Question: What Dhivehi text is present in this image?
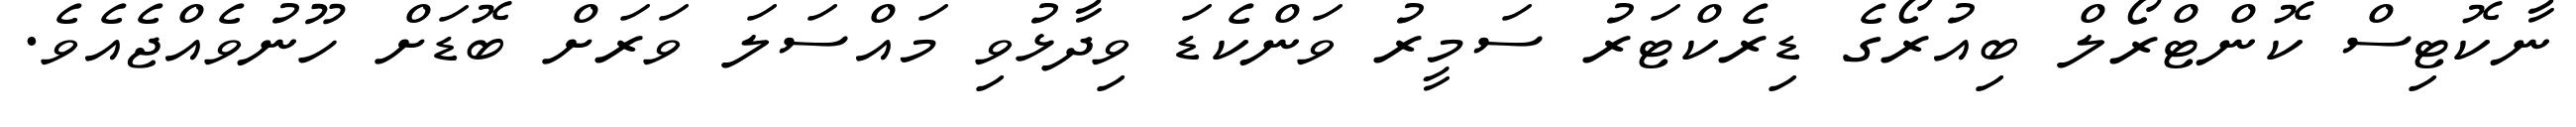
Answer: ނާކޮޓިސް ކޮންޓްރޯލް ބިއުރޯގެ ޑިރެކްޓަރު ސަމީރު ވަންކެޑަ ވިދާޅުވި މައްސަލަ ވަރަށް ބޮޑަށް ހޫނުވެއްޖެއެވެ.